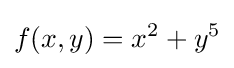
f(x,y)=x^{2}+y^{5}